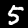
Label: 5